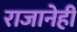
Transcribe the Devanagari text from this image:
राजानेही